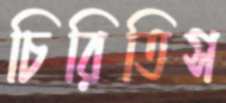
চিরিতিস